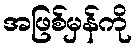
အဖြစ်မှန်ကို